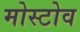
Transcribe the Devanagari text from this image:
मोस्टोव